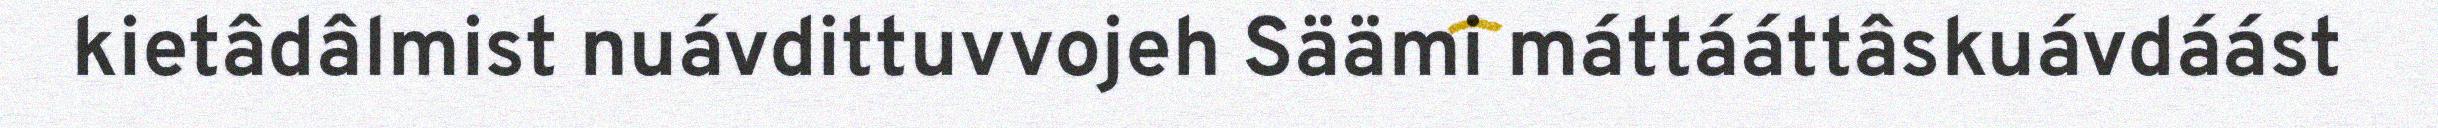
kietâdâlmist nuávdittuvvojeh Säämi máttááttâskuávdáást